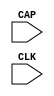
// $Header: /devl/xcs/repo/env/Databases/CAEInterfaces/verunilibs/data/virtex4/CAPTURE_VIRTEX4.v,v 1.3.230.1 2007/03/09 18:13:21 patrickp Exp $
///////////////////////////////////////////////////////////////////////////////
// Copyright (c) 1995/2004 Xilinx, Inc.
// All Right Reserved.
///////////////////////////////////////////////////////////////////////////////
//   ____  ____
//  /   /\/   /
// /___/  \  /    Vendor : Xilinx
// \   \   \/     Version : 7.1i (H.19)
//  \   \         Description : Xilinx Functional Simulation Library Component
//  /   /                  Register State Capture for Bitstream Readback for VIRTEX4
// /___/   /\     Filename : CAPTURE_VIRTEX4.v
// \   \  /  \    Timestamp : Thu Mar 25 16:43:43 PST 2004
//  \___\/\___\
//
// Revision:
//    03/23/04 - Initial version.

`timescale  100 ps / 10 ps


module CAPTURE_VIRTEX4 (CAP, CLK);

    input  CAP, CLK;

    parameter ONESHOT = "TRUE";
    
endmodule